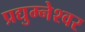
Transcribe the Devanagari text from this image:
प्रद्युम्नेश्वर